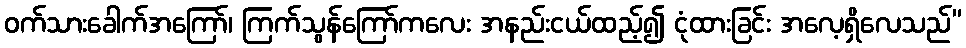
ဝက်သားခေါက်အကြော်၊ ကြက်သွန်ကြော်ကလေး အနည်းငယ်ထည့်၍ ငုံထားခြင်း အလေ့ရှိလေသည်”